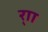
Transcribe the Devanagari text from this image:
र्‍ाा